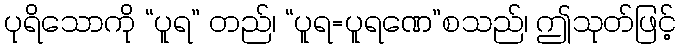
ပုရိသောကို “ပူရ” တည်၊ “ပူရ=ပူရဏေ”စသည်၊ ဤသုတ်ဖြင့်